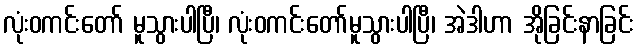
လုံးဝကင်းတော် မူသွားပါပြီ၊ လုံးဝကင်းတော်မူသွားပါပြီ၊ အဲဒါဟာ အိုခြင်းနာခြင်း